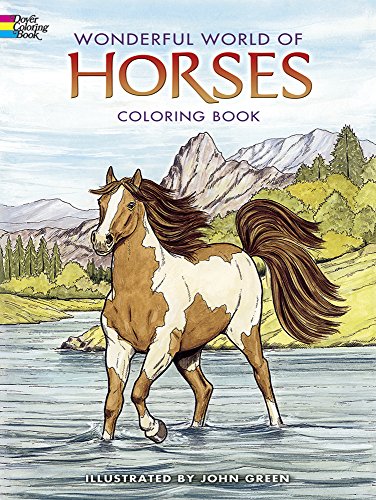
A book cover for Wonderful World of Horses Coloring Book (Dover Nature Coloring Book); John Green; Children's Books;